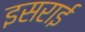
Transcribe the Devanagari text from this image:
इसराई